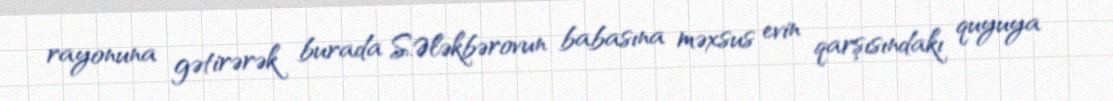
rayonuna gətirərək burada S.Ələkbərovun babasına məxsus evin qarşısındakı quyuya